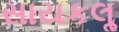
સાયકલૢ